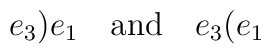
e_{3}\mathbf{)}e_{1}\quad \mbox{and}\quad e_{3}\mathbf{(}e_{1}